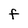
Character: F